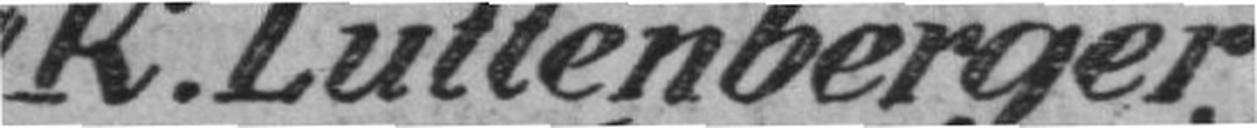
K. Luttenberger